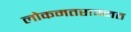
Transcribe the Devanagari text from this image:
लोकमतसम्मत